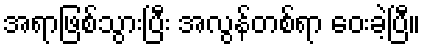
အရာဖြစ်သွားပြီး အလွန်တစ်ရာ ဝေးခဲ့ပြီ။